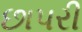
છાપરી